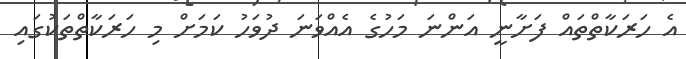
އެ ހަރަކާތްތައް ފަށާނީ އަންނަ މަހުގެ އެއްވަނަ ދުވަހު ކަމަށް މި ހަރަކާތްތަކުގައި